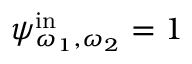
\psi _ { \omega _ { 1 } , \omega _ { 2 } } ^ { \mathrm { i n } } = 1